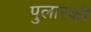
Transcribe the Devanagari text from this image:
पुलास्की